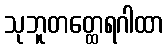
သုဘူတတ္ထေရဂါထာ